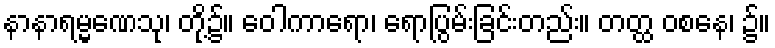
နာနာရမ္မဏေသု၊ တို့၌။ ဝေါကာရော၊ ရောပြွမ်းခြင်းတည်း။ တတ္ထ ဝစနေ၊ ၌။